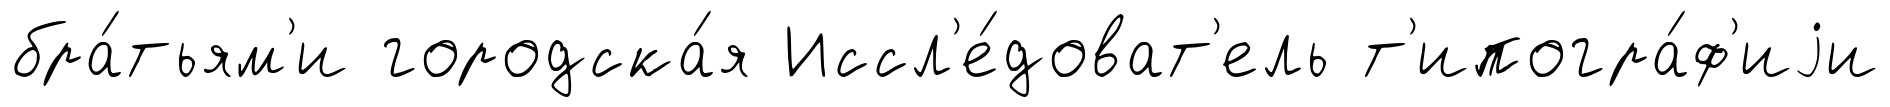
бра́тьям'и городска́я Иссл'е́доват'ель т'ипогра́ф'иjи